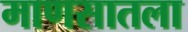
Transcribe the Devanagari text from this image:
माणसातला